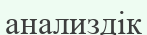
анализдік